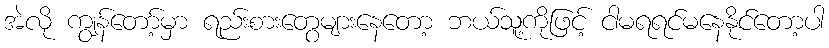
အဲလို ကျွန်တော့်မှာ ရည်းစားတွေများနေတော့ ဘယ်သူ့ကိုဖြင့် ငါမရရင်မနေနိုင်တော့ပါ